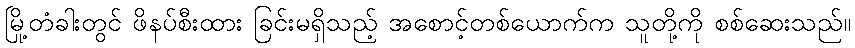
မြို့တံခါးတွင် ဖိနပ်စီးထား ခြင်းမရှိသည့် အစောင့်တစ်ယောက်က သူတို့ကို စစ်ဆေးသည်။